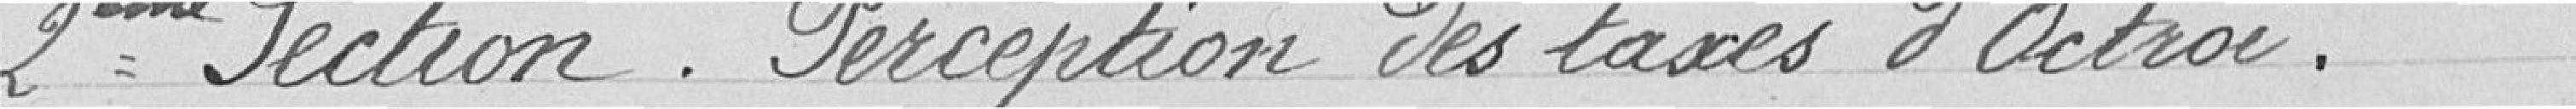
2ème Section. Perception des taxes d'Octroi.